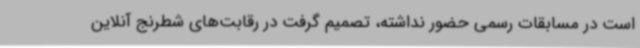
است در مسابقات رسمی حضور نداشته، تصمیم گرفت در رقابت‌های شطرنج آنلاین